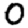
Digit: 0